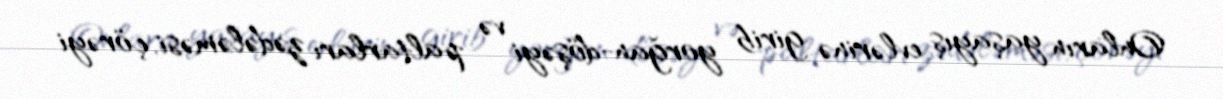
Onların yaşayış evlərinə girib yorğan-döşəyi və paltarları zədələməsi, çörəyi